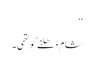
‘‘
شام ڈھلنے کو تھی۔